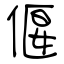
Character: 偃